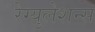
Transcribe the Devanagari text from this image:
रेग्युलेशन्स